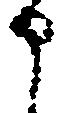
申